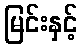
မြင်းနှင့်